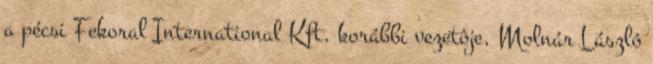
a pécsi Fekoral International Kft. korábbi vezetôje, Molnár László